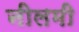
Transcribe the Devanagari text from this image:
नीलमी